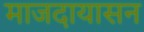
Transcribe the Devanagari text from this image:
माजदायासन